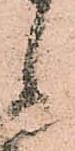
候